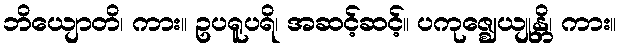
ဘိယျောတိ၊ ကား။ ဥပရူပရိ၊ အဆင့်ဆင့်။ ပကုဇ္ဈေယျုန္တိ၊ ကား။